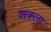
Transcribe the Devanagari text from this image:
शक्ला